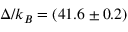
\Delta / k _ { B } = ( 4 1 . 6 \pm 0 . 2 )